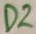
Text: D2